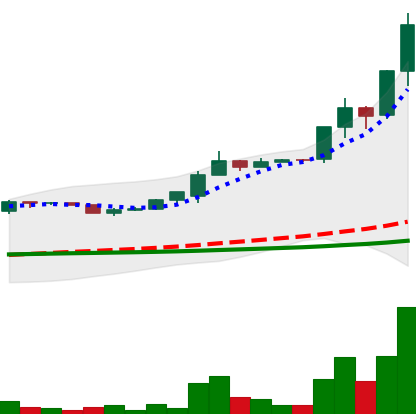
Ticker: LTC-USD
Chart end date: 2015-07-09
Forward return: -38.305%
Label: down_7plus